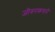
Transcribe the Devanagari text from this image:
जीवनकथने